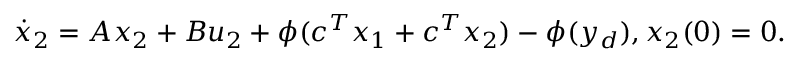
{ \dot { x } } _ { 2 } = A x _ { 2 } + B u _ { 2 } + \phi ( c ^ { T } x _ { 1 } + c ^ { T } x _ { 2 } ) - \phi ( y _ { d } ) , x _ { 2 } ( 0 ) = 0 .